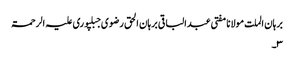
برہان الملت مولانا مفتی عبدالباقی برہان الحق رضوی جبلپوری علیہ الرحمۃ
۳۔